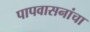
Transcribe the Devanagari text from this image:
पापवासनांचा